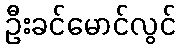
ဦးခင်မောင်လွင်